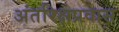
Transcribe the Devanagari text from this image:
अंतरिक्षप्रवास